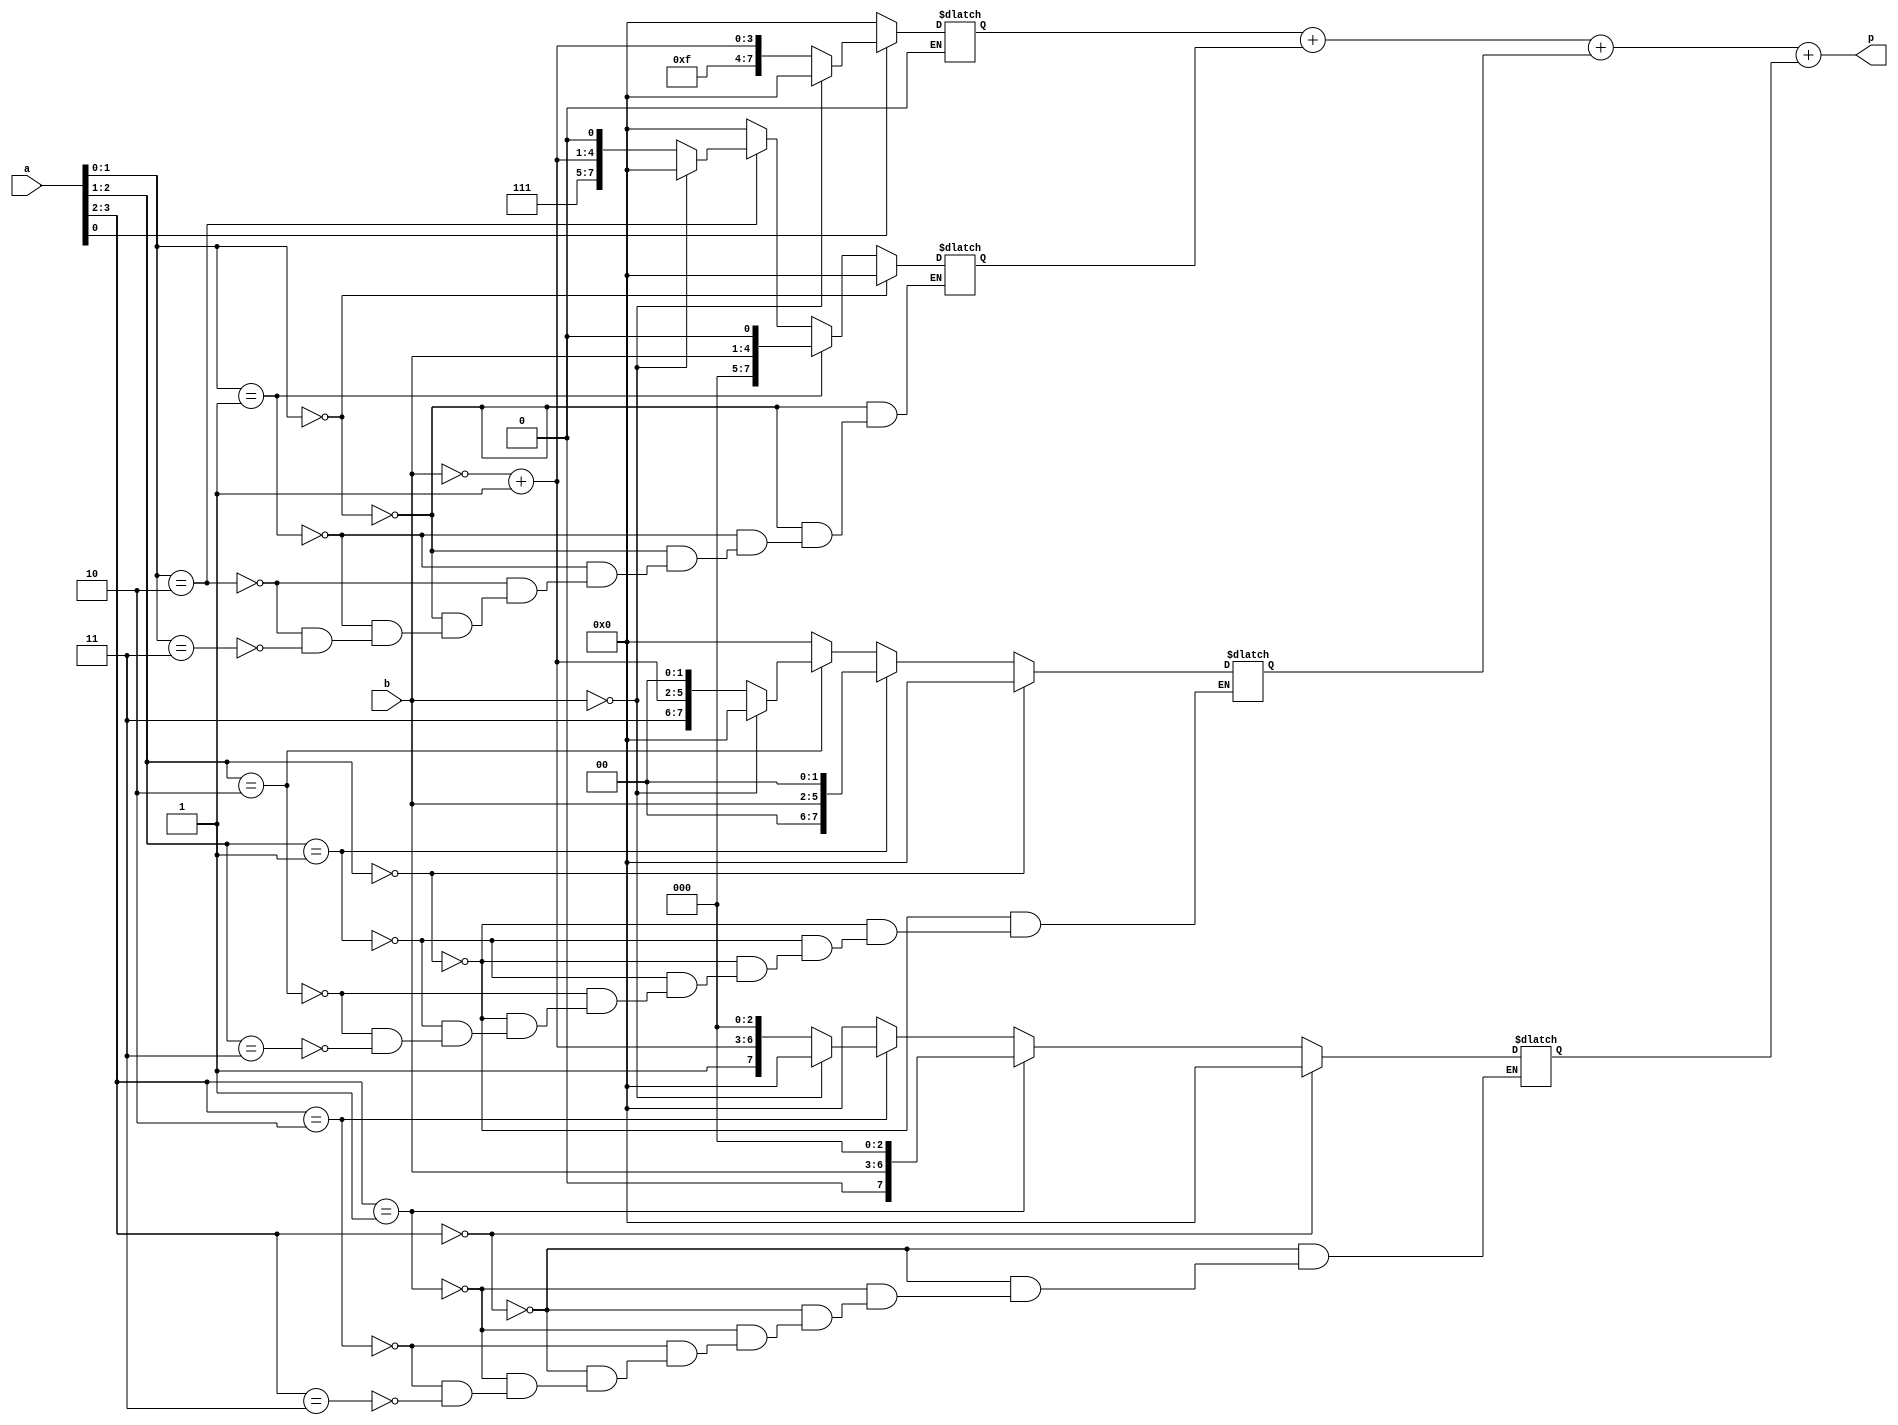
//*****Booth multiplier*****
module multiplier(p,a,b);
	input[3:0] a;
	input[3:0] b;
	output[7:0] p;
	reg[7:0] s1,s2,s3,s4;
	reg[7:0] p;
	always @(*) begin
		if ({a[0],1'b0}==2'b00) s1=8'b00000000;
		else if ({a[0],1'b0}==2'b01) s1={4'b0000,b};
		else if ({a[0],1'b0}==2'b10) begin
			if (b==4'b0000) s1=8'b00000000;
			else s1={4'b1111,~b+4'b0001};
		end
		else if ({a[0],1'b0}==2'b11) s1={4'b0000,4'b0000};
	end
	always @(*) begin
		if ({a[1],a[0]}==2'b00) s2=8'b00000000;
		else if ({a[1],a[0]}==2'b01) s2={3'b000,b,1'b0};
		else if ({a[1],a[0]}==2'b10) begin
			if (b==4'b0000) s2=8'b00000000;
			else s2={3'b111,~b+4'b0001,1'b0};
		end
		else if ({a[1],a[0]}==2'b11) s2={4'b0000,4'b0000};
	end
	always @(*) begin
		if ({a[2],a[1]}==2'b00) s3=8'b00000000;
		else if ({a[2],a[1]}==2'b01) s3={2'b00,b,2'b00};
		else if ({a[2],a[1]}==2'b10) begin
			if (b==4'b0000) s3=8'b00000000;
			else s3={2'b11,~b+4'b0001,2'b00};
		end
		else if ({a[2],a[1]}==2'b11) s3={4'b0000,4'b0000};
	end
	always @(*) begin
		if ({a[3],a[2]}==2'b00) s4=8'b00000000;
		else if ({a[3],a[2]}==2'b01) s4={1'b0,b,3'b000};
		else if ({a[3],a[2]}==2'b10) begin
			if (b==4'b000) s4=8'b00000000;
			else s4={1'b1,~b+4'b0001,3'b000};
		end
		else if ({a[3],a[2]}==2'b11) s4={4'b0000,4'b0000};
	end
	always @(*) begin
		p=s1+s2+s3+s4;
		
	end

endmodule

module tb_multiplier();
	reg signed[3:0] a;
	reg signed[3:0] b;
	wire signed[7:0] p;
multiplier U1(.a(a),.b(b),.p(p));
integer i;
integer j;
integer count;
initial count =0;
initial begin
	for (i=-8;i<=7;i=i+1) begin
		for (j=0;j<=15;j=j+1) begin
			a=i;
			b=j;
			#10;
			if (i*j==p) count=count+1;
			else $display("Error : %4d x %4d = %4d",a,b,p);
			#90;
		end
	end
	$display("success = %4d , errors = %4d",count,count-256);
	$finish;
end
initial begin
	$dumpfile("database.vcd");
	$dumpvars(0,tb_multiplier);
end
//always @(*) $display("%4d x %4d = %4d",a,b,p);
endmodule